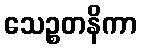
သေဉ္စတနိကာ